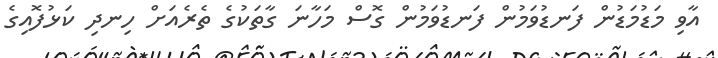
އާވި މަޑުމަޑުން ފަނޑުވަމުން ފަނޑުވަމުން ގޮސް މަހާނަ ގާތަކުގެ ތެރެއަށް ހިނދި ކަޅުފޮއިގެ